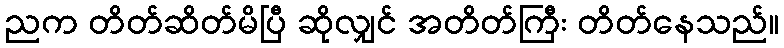
ညက တိတ်ဆိတ်မိပြီ ဆိုလျှင် အတိတ်ကြီး တိတ်နေသည်။